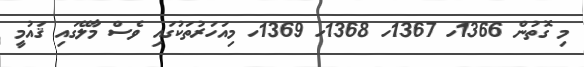
މި ގޮތުން 1366ހ 1367ހ 1368ހ 1369ހ މިއަހަރުތަކުގައި ވެސް މާލޭގައި ޤައުމީ